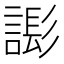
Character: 𧫄